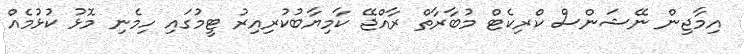
އިމާޖިން ނޭޝަންސް ކްރިކެޓް މުބާރާތް ރާއްޖޭ ކާމިޔާބުކުރިއިރު ޓީމުގައި ހިމެނި މޮޅު ކުޅުމެއް